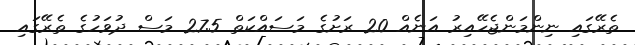
ތެރޭގައި ނިންމަންޖެހޭއިރު އަނެއް 20 ރަށުގެ މަސައްކަތް 27.5 މަސް ދުވަހުގެ ތެރޭގައި